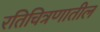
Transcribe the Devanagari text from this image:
रतिचित्रणातील